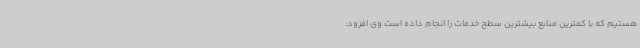
هستیم که با کمترین منابع بیشترین سطح خدمات را انجام داده است وی افزود: